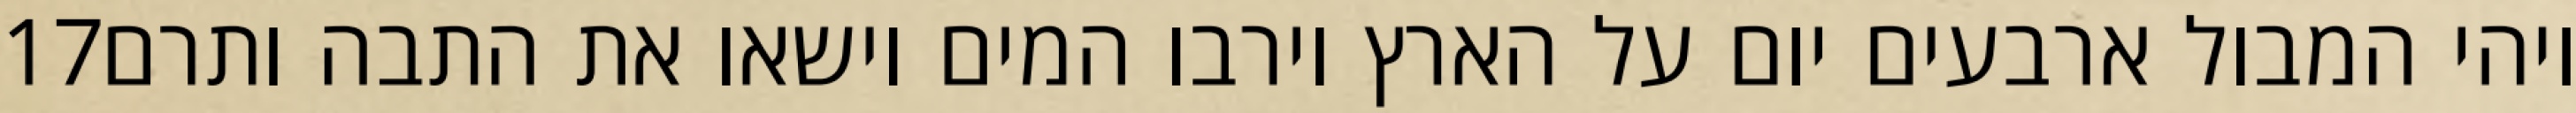
‎17‏ ויהי המבול ארבעים יום על הארץ וירבו המים וישאו את התבה ותרם